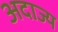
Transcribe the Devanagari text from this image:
अदाज्य